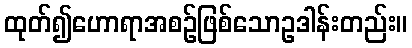
ထုတ်၍ဟောရာအစဉ်ဖြစ်သောဥဒါန်းတည်း။